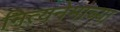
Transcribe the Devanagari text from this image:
नित्यनेमाच्या